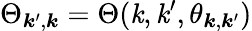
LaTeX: \Theta_{\boldsymbol{\mathit{k}}^{\prime},\boldsymbol{\mathit{k}}}=\Theta(\mathit{k},\mathit{k}^{\prime},\theta_{\boldsymbol{\mathit{k}},\boldsymbol{\mathit{k}}^{\prime}})